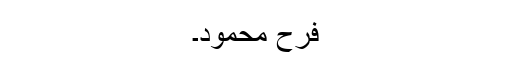
فرح محمود۔